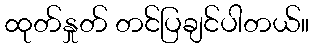
ထုတ်နှုတ် တင်ပြချင်ပါတယ်။